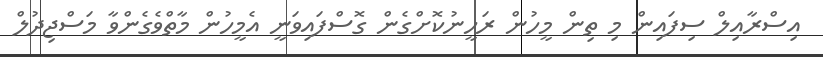
އިސްރާއިލް ސިފައިން މި ތިން މީހުން ރަހީނުކޮށްގެން ގޮސްފައިވަނީ އެމީހުން މާތްވެގެންވާ މަސްޖިދުލް